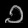
Digit: ၁